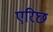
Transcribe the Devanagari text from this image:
एरिछ